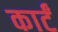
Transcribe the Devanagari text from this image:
कार्टं